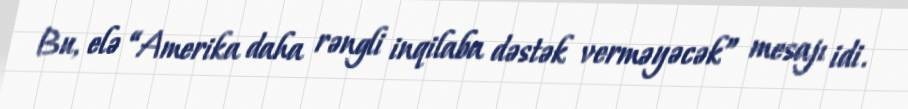
Bu, elə “Amerika daha rəngli inqilaba dəstək verməyəcək” mesajı idi.